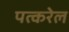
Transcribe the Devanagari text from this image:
पत्करेल